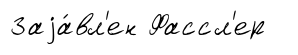
Заjа́вл'ен Фассл'ер